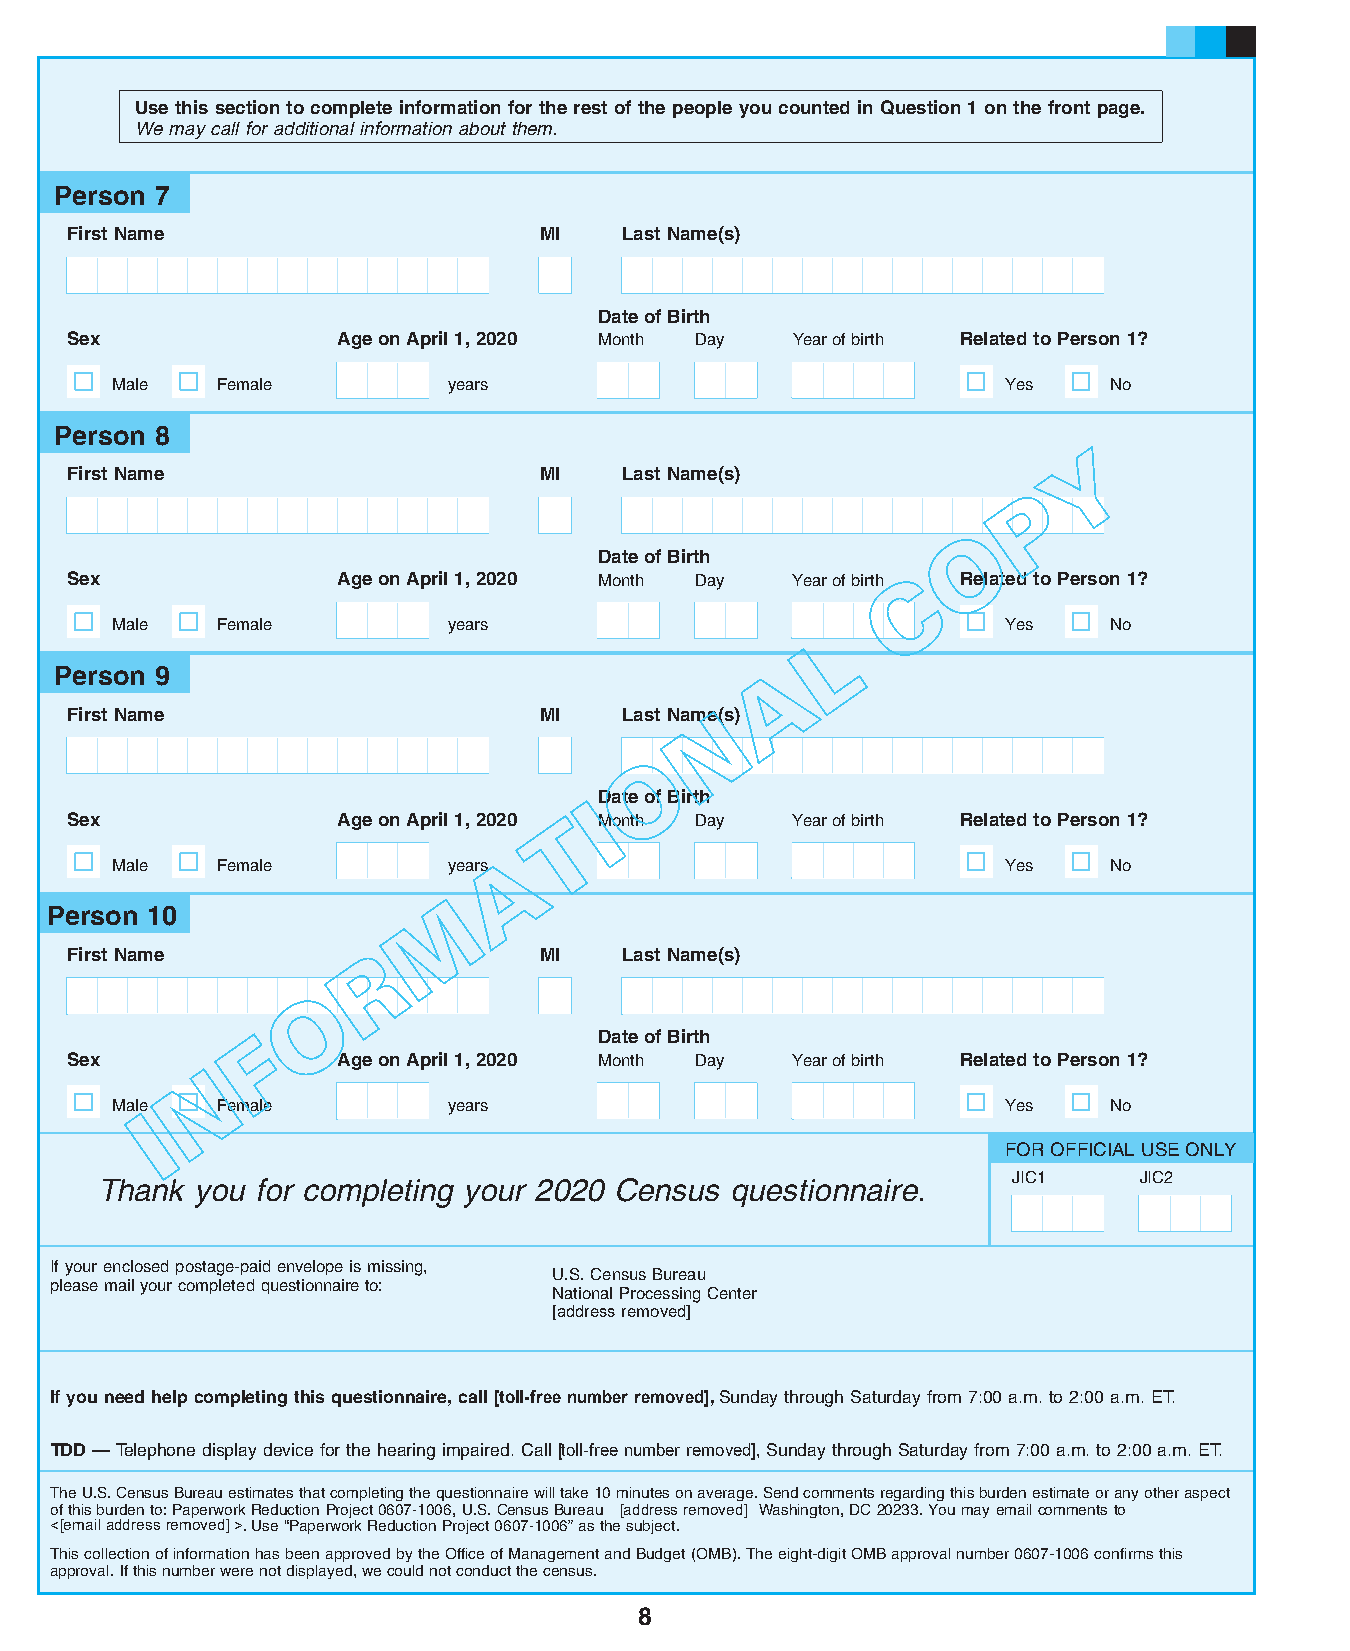
Use this section to complete information for the rest of the people you counted in Question 1 on the front page.
 We may call for additional information about them.
 Person 7
 First Name                      MI   Last Name(s)
 Date of Birth
 Sex               Age on April 1, 2020 Month Day Year of birth Related to Person 1?
 Male   Female          years                               Yes    No
 Person 8
 Y
 First Name                      MI   Last Name(s)
 P
 O
 Date of Birth
 Sex               Age on April 1, 2020 Month Day Year of birth C Related to Person 1?
 Male   Female          years                               Yes    No
 L
 A
 Person 9
 First Name                      MI   Last NamNe(s)
 O
 IDate of Birth
 Sex               Age on April 1, 2020 T Month Day Year of birth Related to Person 1?
 A
 Male   Female          years                               Yes    No
 M
 Person 10
 First Name          R           MI   Last Name(s)
 O
 F                      Date of Birth
 Sex      N        Age on April 1, 2020 Month Day Year of birth Related to Person 1?
 MaleI  Female          years                               Yes    No
 FOR OFFICIAL USE ONLY
 JIC1    JIC2
 Thank  you for completing your 2020 Census questionnaire.
 If your enclosed postage-paid envelope is missing,
 U.S. Census Bureau
 please mail your completed questionnaire to:
 National Processing Center
 [address removed]
 If you need help completing this questionnaire, call [toll-free number removed], Sunday through Saturday from 7:00 a.m. to 2:00 a.m. ET.
 TDD — Telephone display device for the hearing impaired. Call [toll-free number removed], Sunday through Saturday from 7:00 a.m. to 2:00 a.m. ET.
 The U.S. Census Bureau estimates that completing the questionnaire will take 10 minutes on average. Send comments regarding this burden estimate or any other aspect
 of this burden to: Paperwork Reduction Project 0607-1006, U.S. Census Bureau [address removed] Washington, DC 20233. You may email comments to
 < [ email address removed] >. Use “Paperwork Reduction Project 0607-1006” as the subject.
 This collection of information has been approved by the Office of Management and Budget (OMB). The eight-digit OMB approval number 0607-1006 confirms this
 approval. If this number were not displayed, we could not conduct the census.
 8